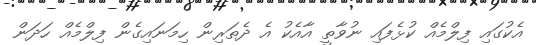
އެކުގައި ފިލްމެއް ކުޅެފައި ނުވާތީ އާއެކު އެ ދެތަރިން ހިމަނައިގެން ފިލްމެއް ހަދަން